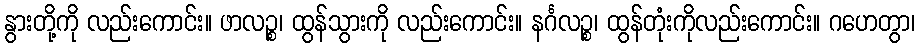
နွားတို့ကို လည်းကောင်း။ ဖာလဉ္စ၊ ထွန်သွားကို လည်းကောင်း။ နင်္ဂလဉ္စ၊ ထွန်တုံးကိုလည်းကောင်း။ ဂဟေတွာ၊